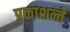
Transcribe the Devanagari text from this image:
प्रकाशन्ते